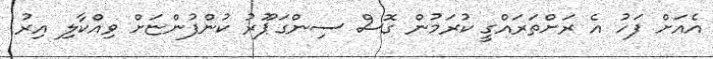
އެއަށް ފަހު އެ ރަށްތަރައްގީ ކުރަމުން ގޮސް ސިންގަޕޫރު ކުންފުންޏަށް ވިއްކާލި އިރު